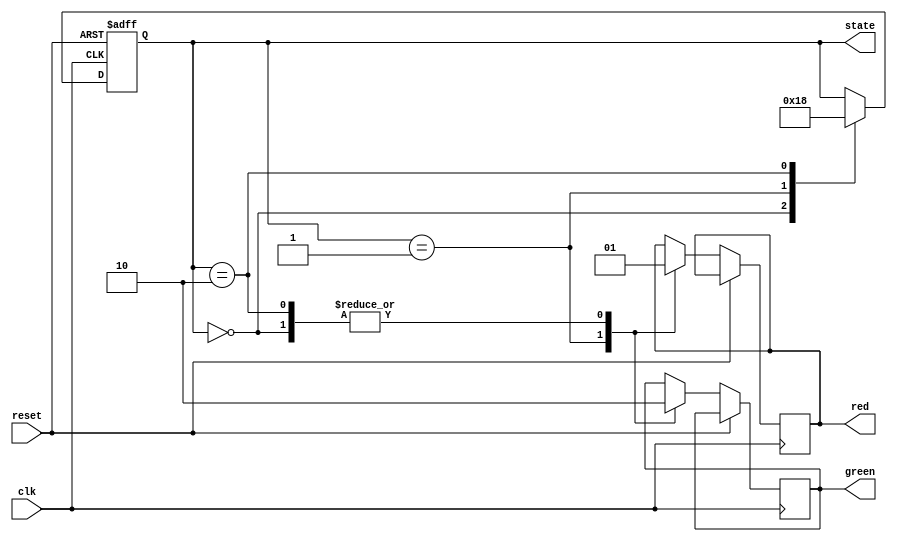
module TrafficLightController(input clk, reset, output reg [1:0] state, output reg red, green);
  localparam S0 = 2'b00, S1 = 2'b01, S2 = 2'b10;
  
  always @(posedge clk or posedge reset) begin
    if (reset)
      state <= S0;
    else begin
      case (state)
        S0: begin
          state <= S1;
          red <= 1'b1;
          green <= 1'b0;
        end
        S1: begin
          state <= S2;
          red <= 1'b0;
          green <= 1'b1;
        end
        S2: begin
          state <= S0;
          red <= 1'b1;
          green <= 1'b0;
        end
      endcase
    end
  end
endmodule